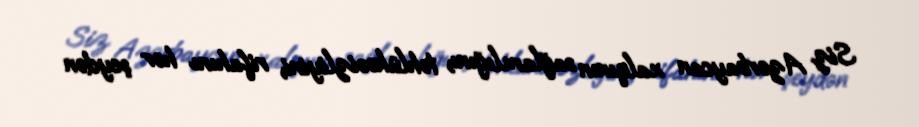
Siz Azərbaycan xalqının sağlamlığını, təhlükəsizliyini, rifahını hər şeydən